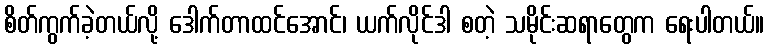
စိတ်ကွက်ခဲ့တယ်လို့ ဒေါက်တာထင်အောင်၊ ယက်လိုင်ဒါ စတဲ့ သမိုင်းဆရာတွေက ရေးပါတယ်။